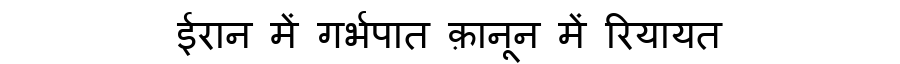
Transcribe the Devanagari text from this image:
ईरान में गर्भपात क़ानून में रियायत